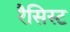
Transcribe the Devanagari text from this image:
रैसिस्ट